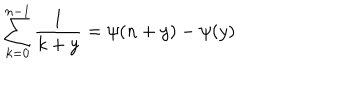
\sum _ { k = 0 } ^ { n - 1 } \frac { 1 } { k + y } = \psi ( n + y ) - \psi ( y )